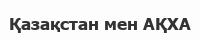
Қазақстан мен АҚХА